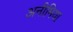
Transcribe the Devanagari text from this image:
अनीमिया